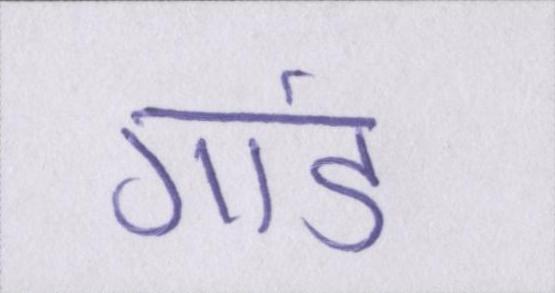
गांड़